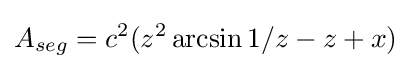
A_{seg}=c^{2}(z^{2}\arcsin 1/z-z+x)